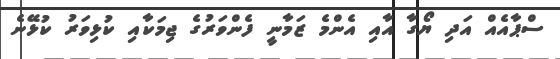
ސްޕާއެއް އަދި ޔޯގާ އާއި އެންމެ ޒަމާނީ ފެންވަރުގެ ޖިމަކާއި ކުޅިވަރު ކުޅޭނެ